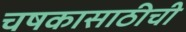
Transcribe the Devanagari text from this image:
चषकासाठीची